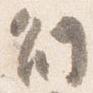
副